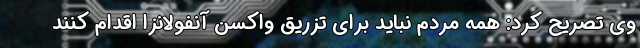
وی تصریح کرد: همه مردم نباید برای تزریق واکسن آنفولانزا اقدام کنند